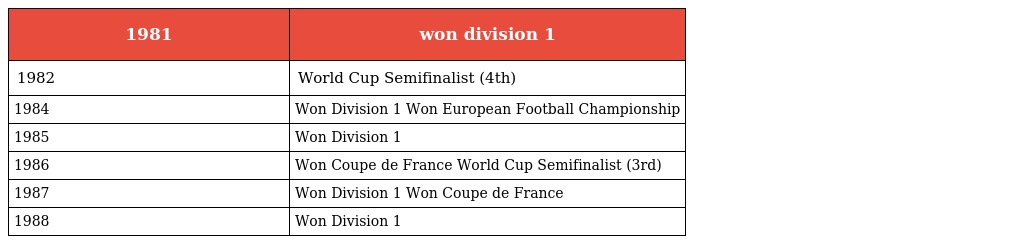
| 1981 | won division 1 |
 | --- | --- |
 | 1982 | World Cup Semifinalist (4th) |
 | 1984 | Won Division 1 Won European Football Championship |
 | 1985 | Won Division 1 |
 | 1986 | Won Coupe de France World Cup Semifinalist (3rd) |
 | 1987 | Won Division 1 Won Coupe de France |
 | 1988 | Won Division 1 |